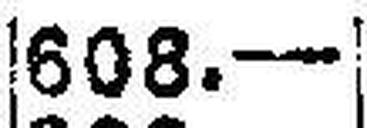
608.—